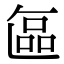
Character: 𭉘